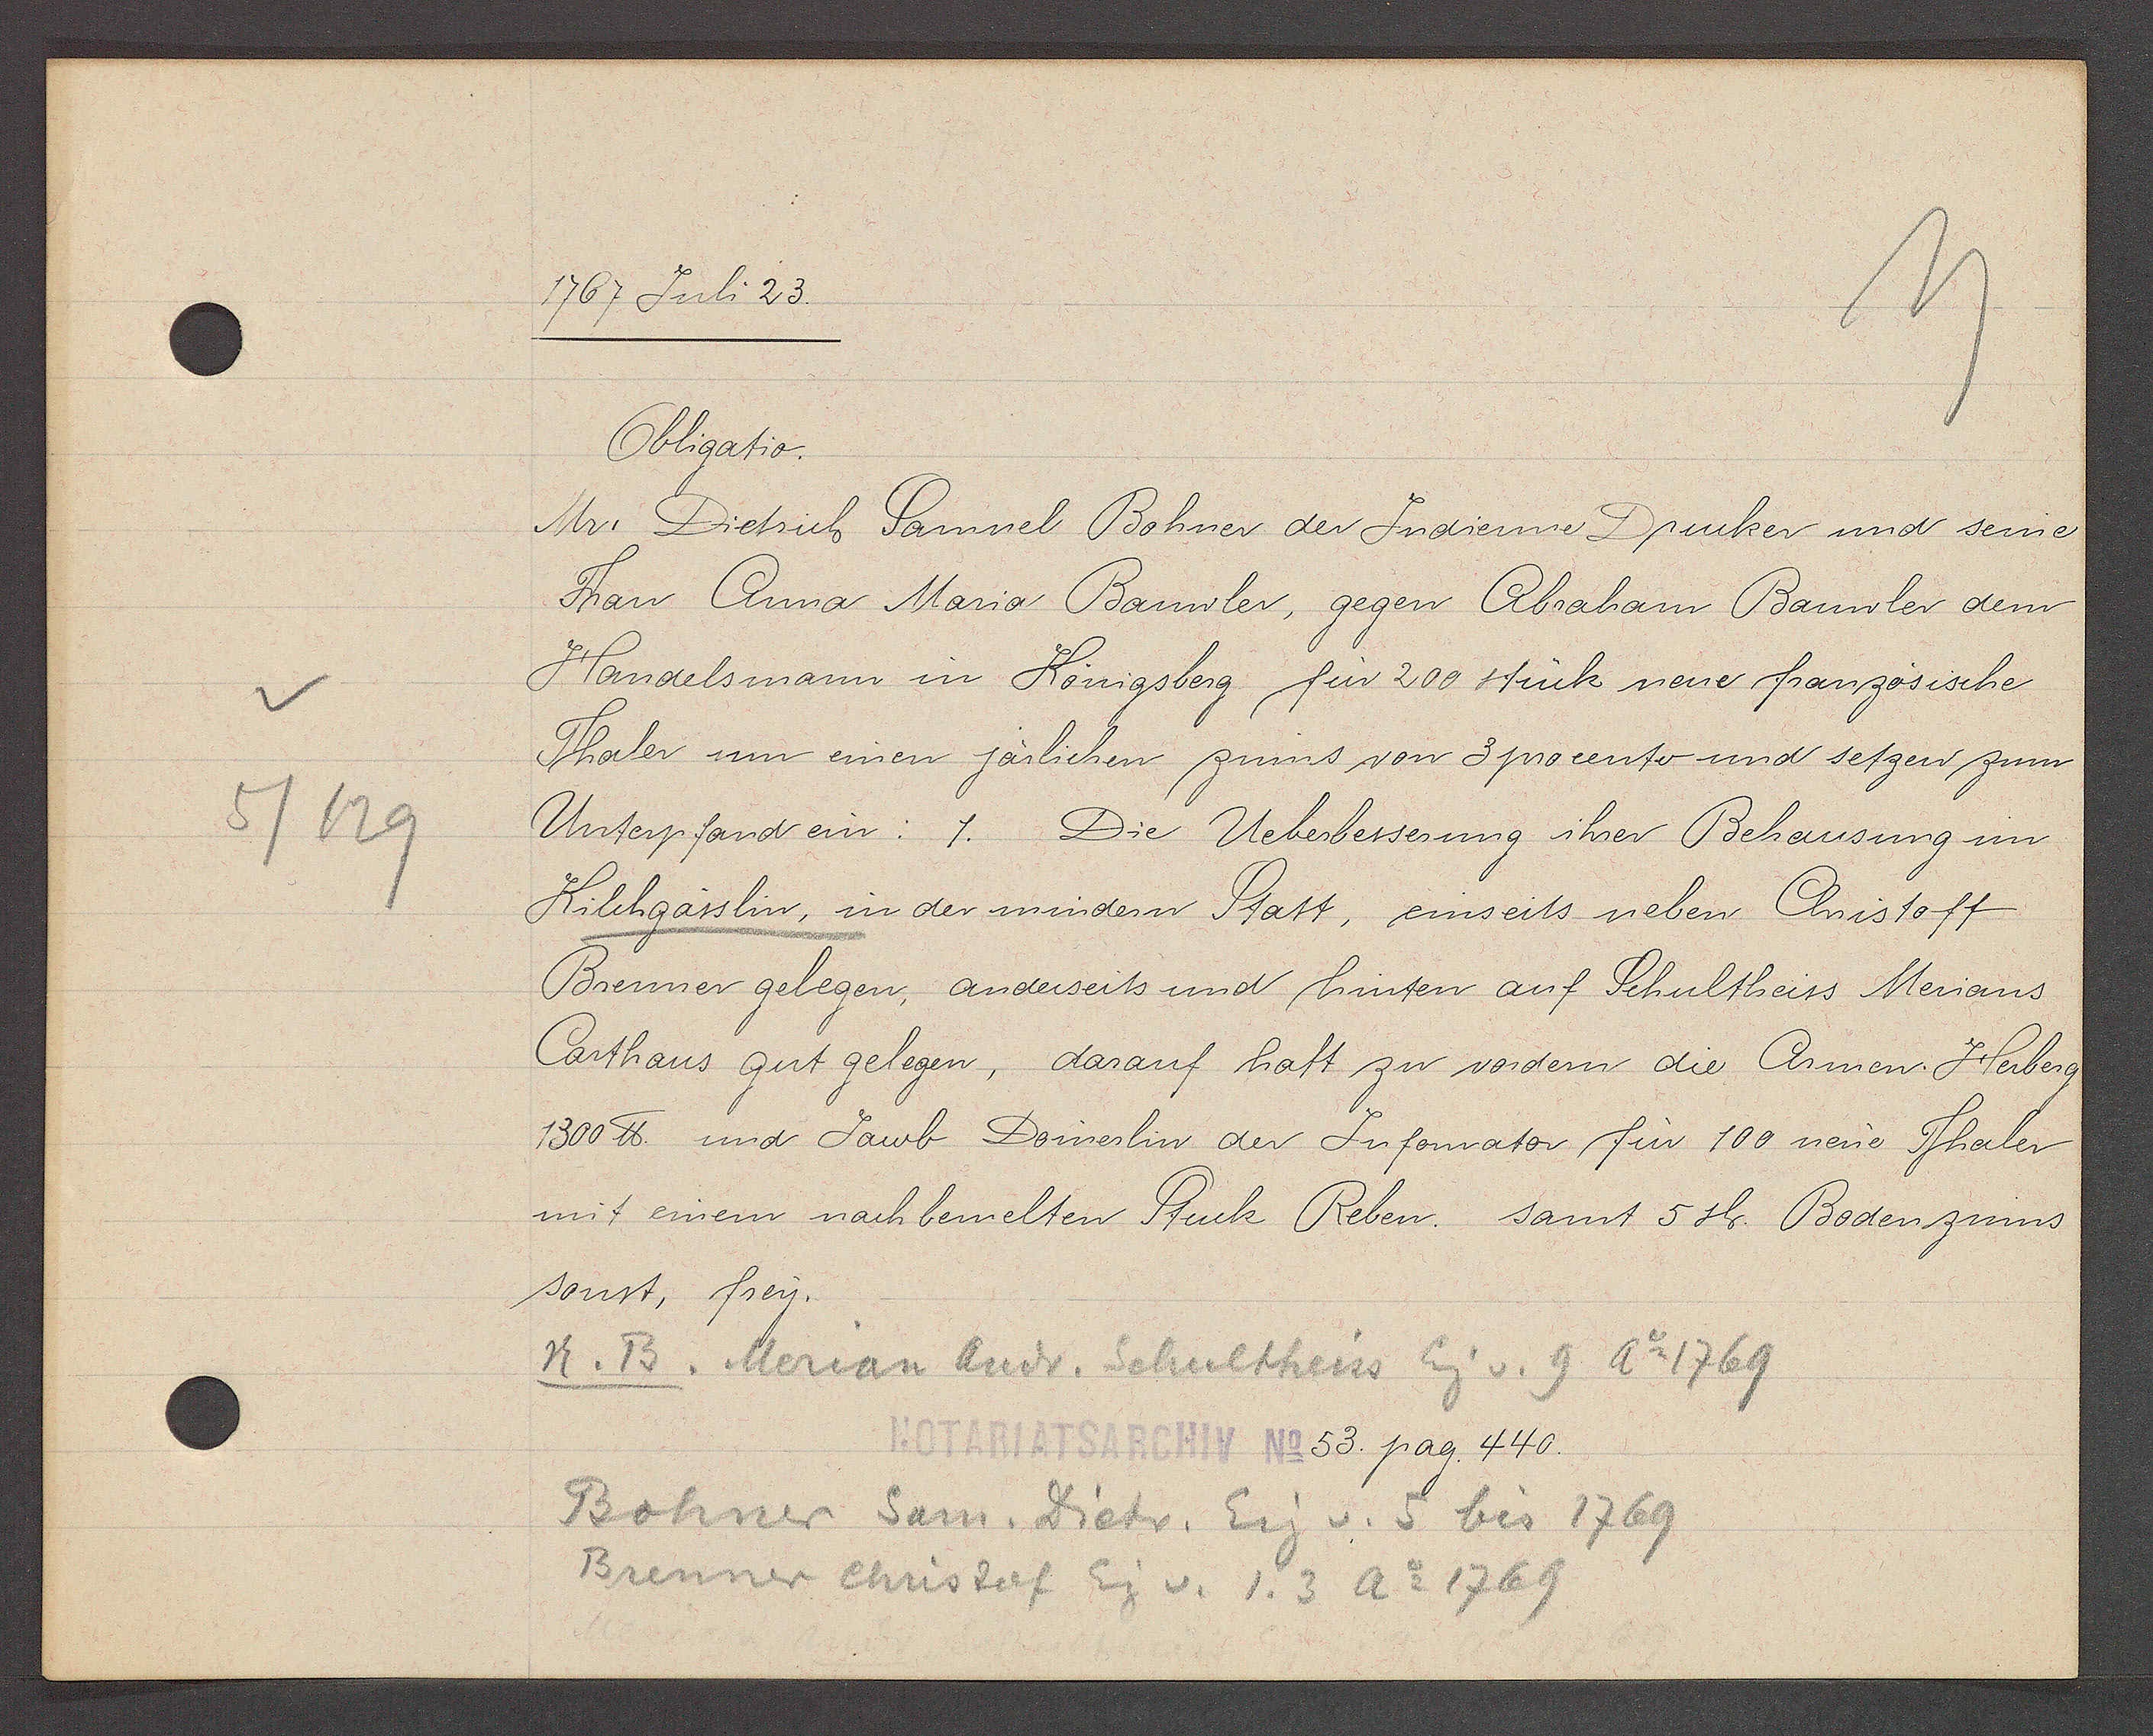
Transcript:
5/129

1767 Juli 23.

Obligatio.
Mr. Dietrich Samuel Bohner der Indienne Drucker und seine
Fau Anna Marig Bauwler, gegen Abraham Bauwler dem
Handelsmann in Königsberg für 200 stück neue französische
Thaler um einen järlichen zinns von 3 procento und setzen zum
Unterpfand ein: 1. Die Ueberbesserung ihrer Behausung im
Kilchgässlin, in der mindern Statt, einseits neben Christoff
Brenner gelegen, anderseits und hinten auf Schultheiss Merians
Carthaus gut gelegen, darauf hatt zu vordern die Armen. Herberg
1300 ℔ und Jacob Domerlin der Jufomator für 100 neue Thaler
mit einem nachbemelten Stuck Reben. samt 5 sh. Bodenzinns
sonst, frey.

N. B. Merian Andr. Schultheiss Eig v. 9 Ao 1769

NOTARIATSARCHIV NO. 53. pag. 440.

Bohner Sam. Dietr. Eig v. 5 bis 1769
Brenner Christof Eig v. 1.3 Ao 1769